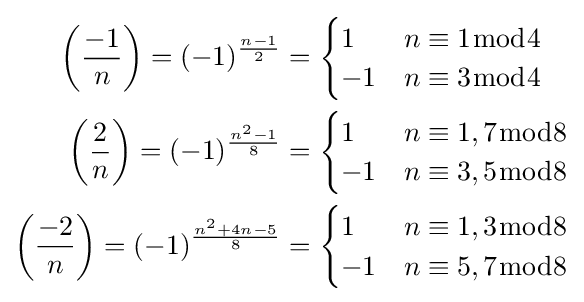
{\begin{aligned}\left({\frac {-1}{n}}\right)=(-1)^{\frac {n-1}{2}}&={\begin{cases}1&n\equiv 1{\bmod {4}}\\-1&n\equiv 3{\bmod {4}}\end{cases}}\\\left({\frac {2}{n}}\right)=(-1)^{\frac {n^{2}-1}{8}}&={\begin{cases}1&n\equiv 1,7{\bmod {8}}\\-1&n\equiv 3,5{\bmod {8}}\end{cases}}\\\left({\frac {-2}{n}}\right)=(-1)^{\frac {n^{2}+4n-5}{8}}&={\begin{cases}1&n\equiv 1,3{\bmod {8}}\\-1&n\equiv 5,7{\bmod {8}}\end{cases}}\end{aligned}}